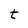
Character: t